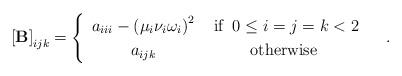
LaTeX: \begin{align*}\left[\mathbf{B}\right]_{ijk}=\begin{cases}\begin{array}{cc}a_{iii}-\left(\mu_{i}\nu_{i}\omega_{i}\right)^{2} & \mbox{ if }\:0\le i=j=k<2\\a_{ijk} & \mbox{otherwise}\end{array}\end{cases}.\end{align*}